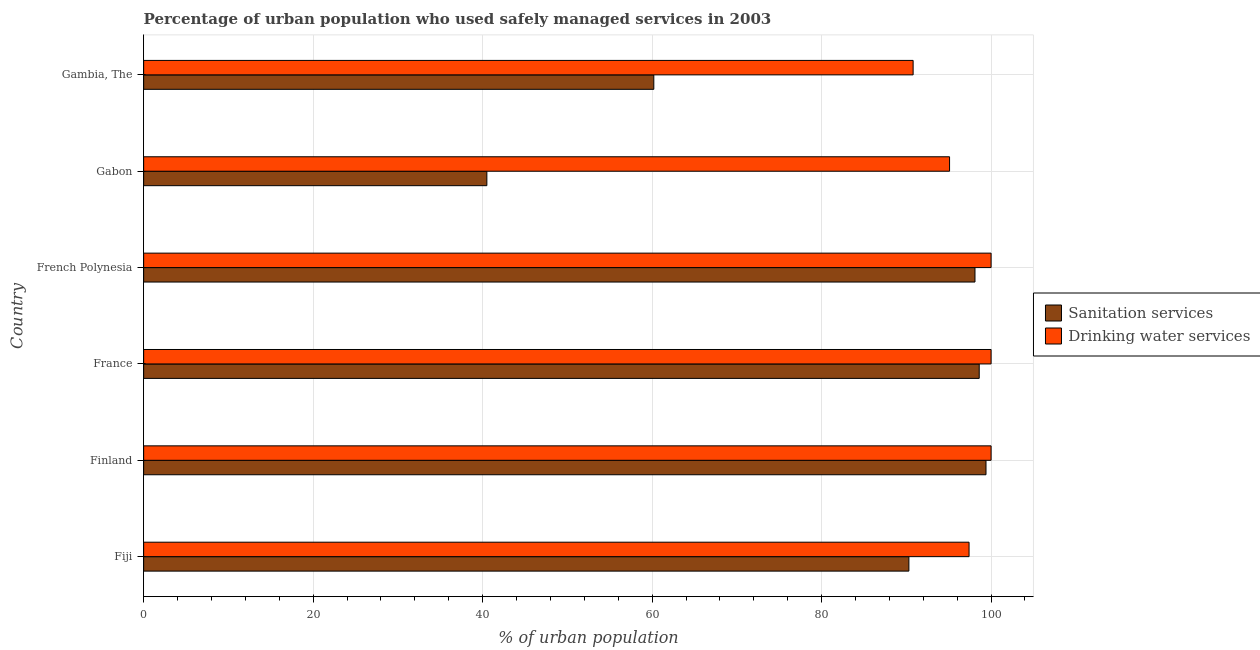
| Country | Sanitation services | Drinking water services |
 | --- | --- | --- |
 | Fiji | 90.3 | 97.4 |
 | Finland | 99.4 | 100 |
 | France | 98.6 | 100 |
 | French Polynesia | 98.1 | 100 |
 | Gabon | 40.5 | 95.1 |
 | Gambia, The | 60.2 | 90.8 |